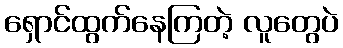
ရှောင်ထွက်နေကြတဲ့ လူတွေပဲ